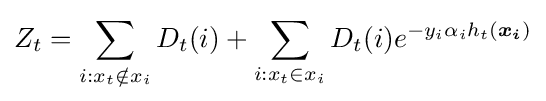
Z_{t}=\sum _{i:x_{t}\notin x_{i}}D_{t}(i)+\sum _{i:x_{t}\in x_{i}}D_{t}(i)e^{-y_{i}\alpha _{i}h_{t}({\boldsymbol {x_{i}}})}